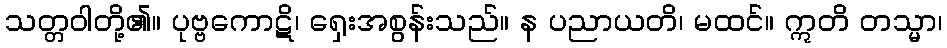
သတ္တဝါတို့၏။ ပုဗ္ဗကောဋိ၊ ရှေးအစွန်းသည်။ န ပညာယတိ၊ မထင်။ ဣတိ တသ္မာ၊